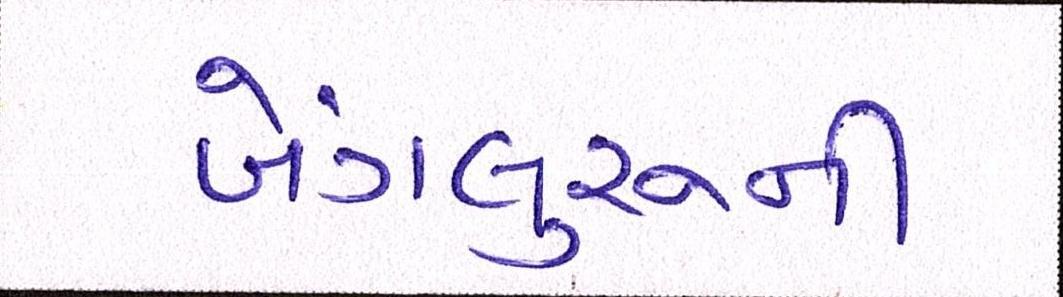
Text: બેંગલુરૂની